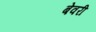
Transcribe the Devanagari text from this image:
बेवरी